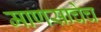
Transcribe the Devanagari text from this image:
माणसाचेच